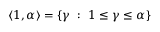
\langle 1 , \alpha \rangle = \{ \gamma \ : \ 1 \leq \gamma \leq \alpha \}